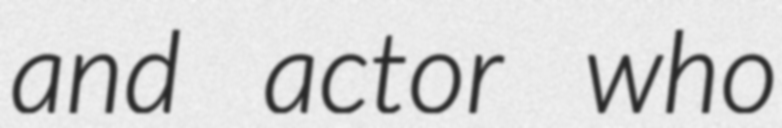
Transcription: and actor who